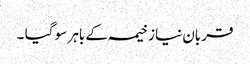
قربان نیاز خیمہ کے باہر سو گیا ۔